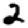
Digit: 2